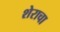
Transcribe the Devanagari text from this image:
शेराचा